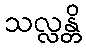
သလ္လန္တိ